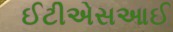
ઈટીએસઆઈ